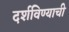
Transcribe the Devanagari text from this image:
दर्शविण्याची